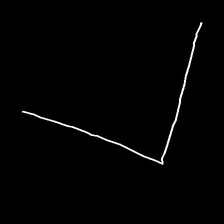
Glyph: region